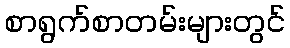
စာရွက်စာတမ်းများတွင်